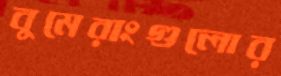
বুমেরাংগুলোর